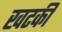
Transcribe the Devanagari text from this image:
खटकी